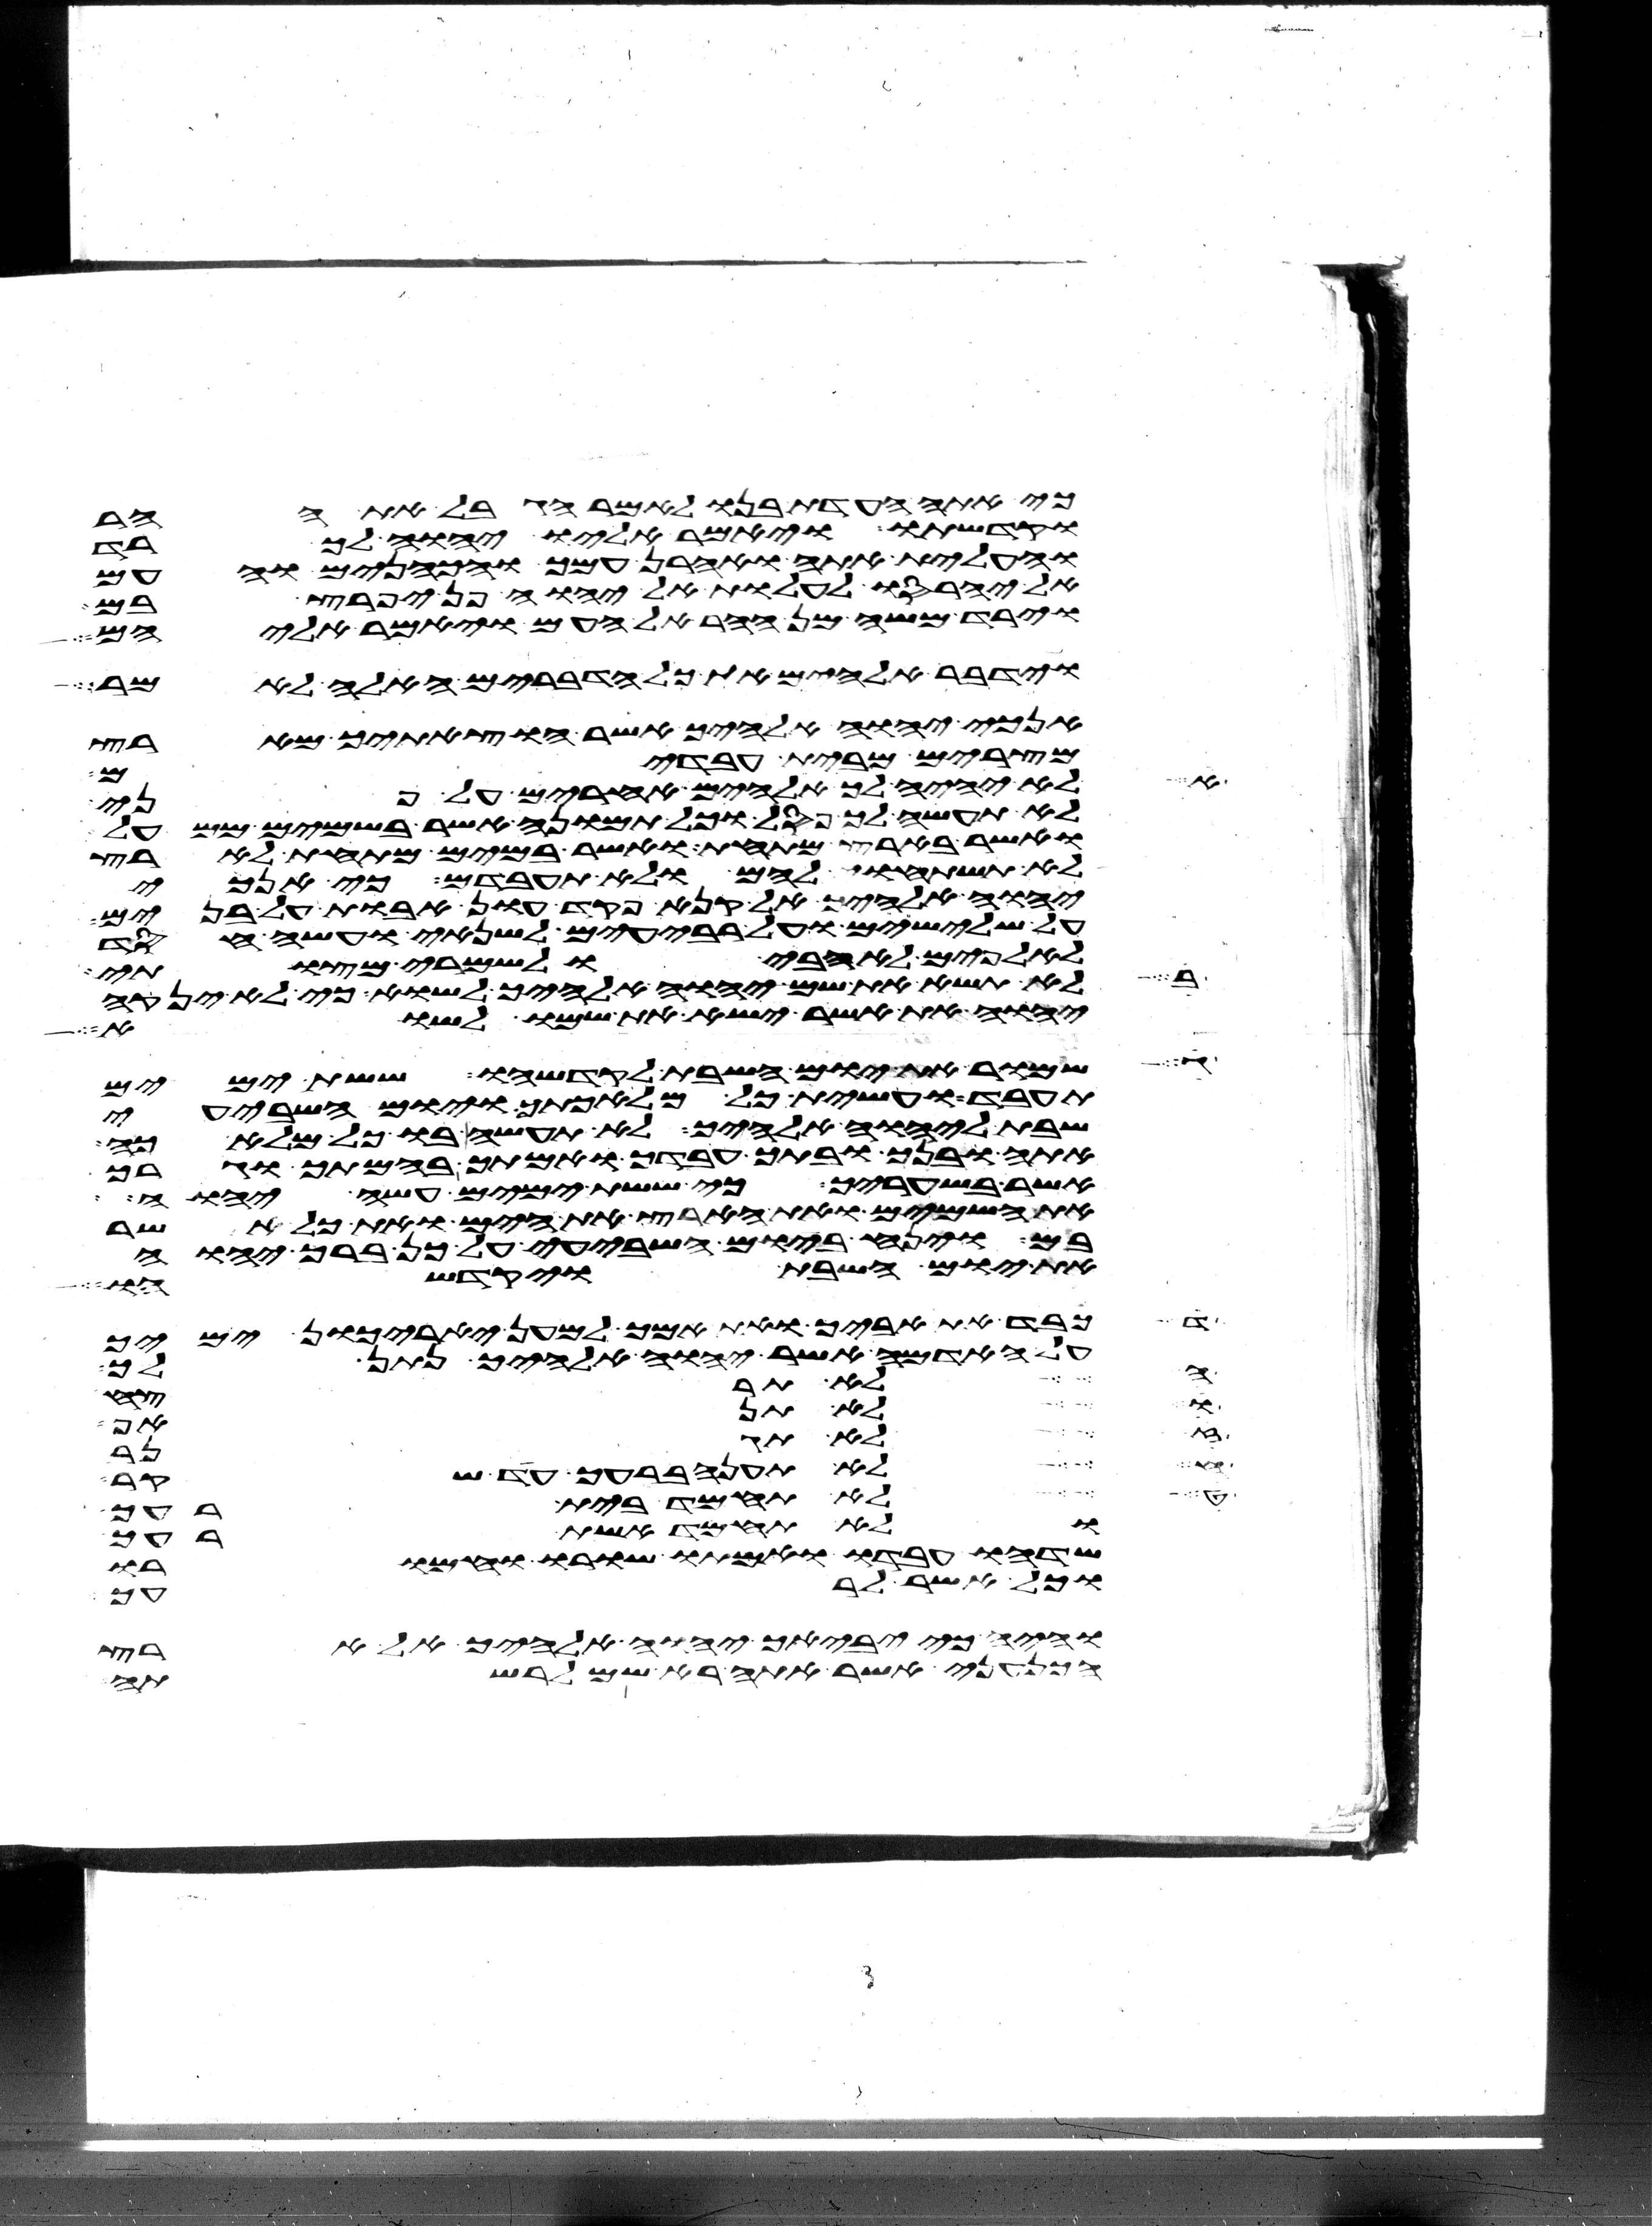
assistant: כי אתה העדת בנו לאמר הגבל את ההר
וקדשתו ויאמר אליו יהוה ך רד
ועלית אתה ואהרן עמך והכהנים והעם
אל יחרסו לעלות אל יהוה פן יפרץ בם
וירד משה מן ההר אל העם ויאמר אליהם
וידבר אלהים את כל הדברים האלה לאמר
אנכי יהוה אלהיך אשר הוצאתיך מארץ
לא יהיה לך אלהים אחרים על פני
מצרים מבית עבדים
לא תעשה לך פסל וכל תמונה אשר בשמים ממעל
ואשר בארץ מתחת ואשר במים מתחת לארץ
לא תשתחוה להם ולא תעבדם כי אנכי
יהוה אלהיך אל קנא פקד עון אבות על בנים
על שלישים ועל רביעים לשנאי ועשה חסד
לא תשא את שם יהוה אלהיך לשוא כי לא ינקה
לאלפים לאהבי ולשמרי מצותי
יהוה את אשר ישא את שמו לשוא
שמור את יום השבת לקדשהו ששת ימים
תעבד ועשית כל מלאכתך ויום השביעי
שבת ליהוה אלהיך לא תעשה בו כל מלאכה
אתה ובנך ובתך עבדך ואמתך בהמתך וגרך
אשר בשעריך כי ששת ימים עשה יהוה
את השמים ואת הארץ את הים ואת כל אשר
בם וינח ביום השביעי על כן ברך יהוה
את יום השבת ויקדשהו
כבד את אביך ואת אמך למען יארכון ימיך
לא תרצח
על האדמה אשר יהוה אלהיך נתן לך
ולא תשא
לא תגנב
לא תענה ברעך עד שקר
לא תחמד בית רעך
ולא תחמד אשת רעך
שדהו עבדו ואמתו שורו וחמורו
וכל אשר לרעך
והיה כי יביאך יהוה אלהיך אל ארץ
הכנעני אשר אתה בא שמה לרשתה